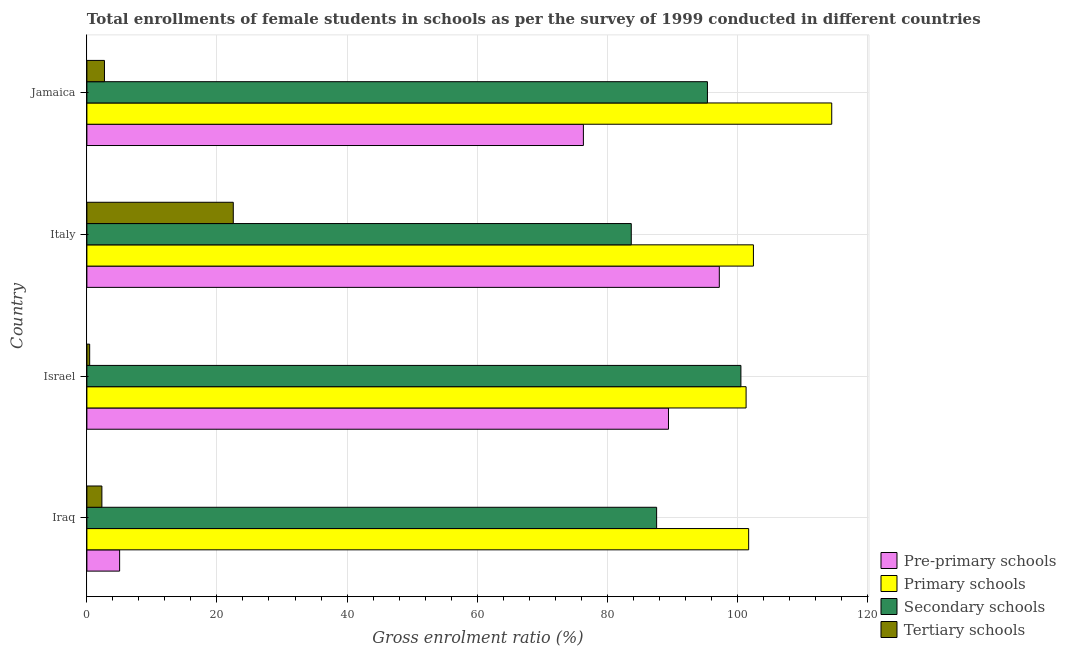
| Country | Pre-primary schools | Primary schools | Secondary schools | Tertiary schools |
 | --- | --- | --- | --- | --- |
 | Iraq | 5.03 | 102 | 87.6 | 2.31 |
 | Israel | 89.4 | 101 | 101 | 0.428 |
 | Italy | 97.2 | 102 | 83.7 | 22.5 |
 | Jamaica | 76.3 | 115 | 95.4 | 2.7 |